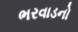
ભરવાડનો